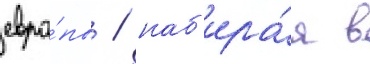
евро́пы / наб'ира́я в